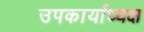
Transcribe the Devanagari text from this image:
उपकार्याध्यक्ष